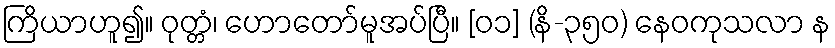
ကြိယာဟူ၍။ ဝုတ္တံ၊ ဟောတော်မူအပ်ပြီ။ [၀၁] (နိ-၃၅၀) နေဝကုသလာ န